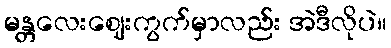
မန္တလေးဈေးကွက်မှာလည်း အဲဒီလိုပဲ။